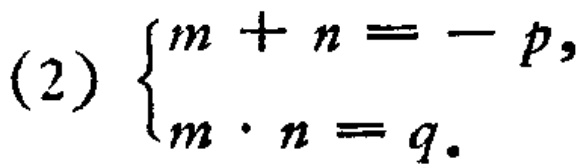
\((2)\begin{cases}m + n = - p,\\m\cdot n = q.\end{cases}\)